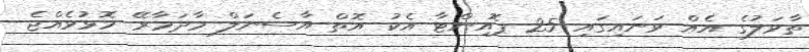
ތާވަލުގެ އެއް ވަނައިގައި 25 ޕޮއިންޓާ އެކު އޮތް އާސެނަލް މާދަމާރޭ މޮޅުވެއްޖެ